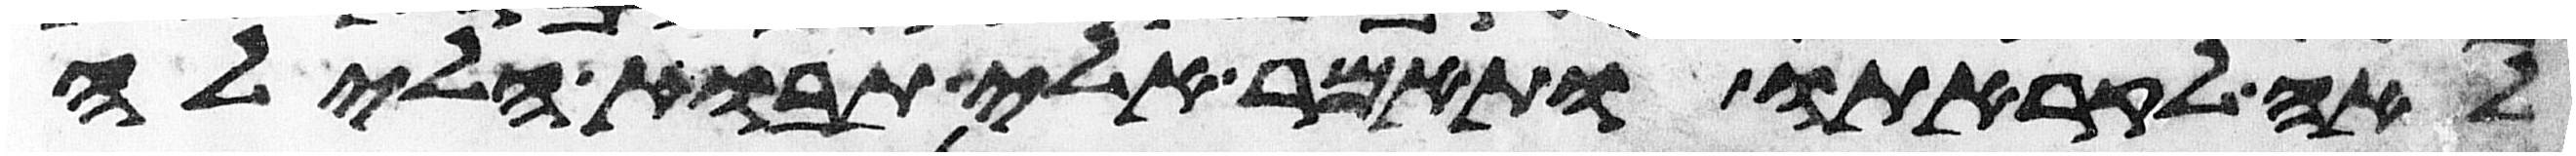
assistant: לאה לקראתו ותאמר אלי תבוא הלילה